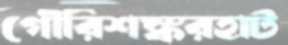
গৌরিশঙ্করহাট